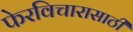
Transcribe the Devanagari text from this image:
फेरविचारासाठी